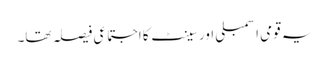
یہ قومی اسمبلی اور سینٹ کا اجتماعی فیصلہ تھا۔